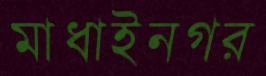
মাধাইনগর